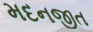
મદનજીત